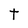
Character: t